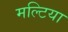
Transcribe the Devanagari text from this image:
मल्टिया